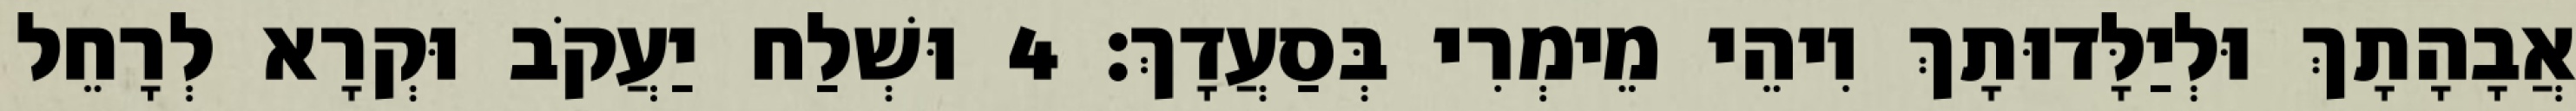
אֲבָהָתָךְ וּלְיַלָּדוּתָךְ וִיהֵי מֵימְרִי בְּסַעֲדָךְ׃ 4 וּשְׁלַח יַעֲקֹב וּקְרָא לְרָחֵל